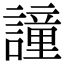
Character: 𧬤